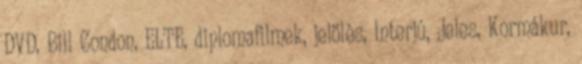
DVD, Bill Condon, ELTE, diplomafilmek, jelölés, Interjú, Jeles, Kormákur,